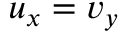
u _ { x } = v _ { y }